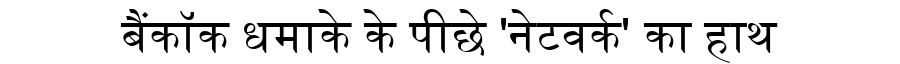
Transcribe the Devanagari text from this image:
बैंकॉक धमाके के पीछे 'नेटवर्क' का हाथ